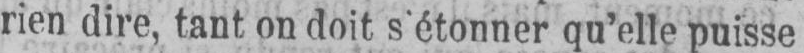
rien dire, tant on doit s’étonner qu’elle puisse